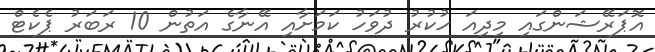
އޮޕަރޭޝަންގައި މިދިއަ ހުކުރު ދުވަހު ކަމަށާއި އޭނާގެ އަތުން 10 ރަބަރު ޕެކެޓް